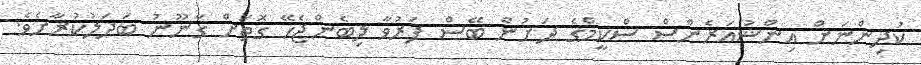
ކުދިންނަށް އިންޝުއަރެންސް ސްކީމްގެ ދަށުން ބޭސް ފަރުވާ ލިބެންޖެހޭ ގޮތަށް ގާނޫނު ބަދަލުކުރާށެވެ.